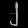
Digit: ၂